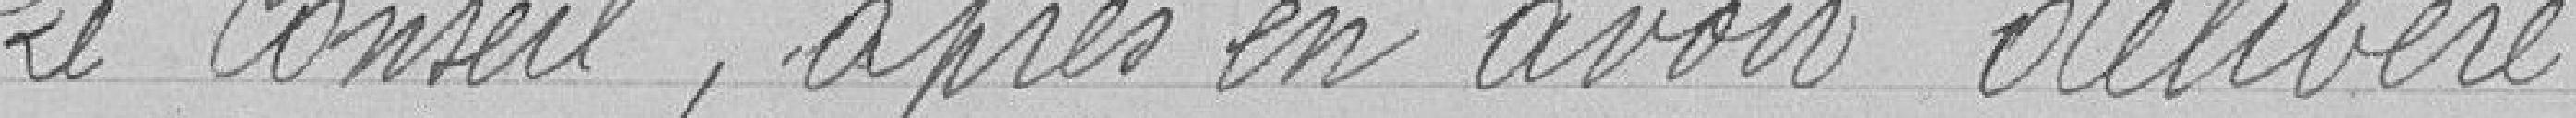
Le Conseil, après en avoir délibéré.